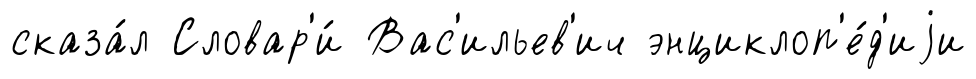
сказа́л Словар'и́ Вас'ильев'ич энциклоп'е́д'иjи